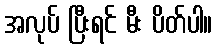
အလုပ် ပြီးရင် မီး ပိတ်ပါ။